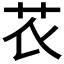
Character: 𰰧